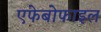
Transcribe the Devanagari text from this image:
एफेबोफाइल